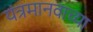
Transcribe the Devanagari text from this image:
यंत्रमानवाच्या